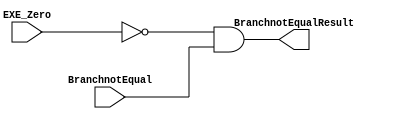
module BranchnotEqualAnd (BranchnotEqualResult, EXE_Zero, BranchnotEqual);

// input 
	input EXE_Zero, BranchnotEqual;
	
// output
	output reg BranchnotEqualResult;
	
	always @(*)
		BranchnotEqualResult <= (~(EXE_Zero)) && BranchnotEqual;
	
endmodule